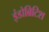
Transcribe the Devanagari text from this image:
इंडोब्रिटिश